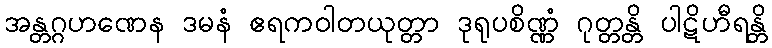
အန္တဂ္ဂဟဏေန ဒမနံ ဧရကဝါတယုတ္တာ ဒုရုပစိဏ္ဏံ ဂုတ္တန္တိ ပါဋိဟီရန္တိ